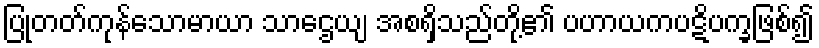
ပြုတတ်ကုန်သောမာယာ သာဌေယျ အစရှိသည်တို့၏ ပဟာယကပဋိပက္ခဖြစ်၍